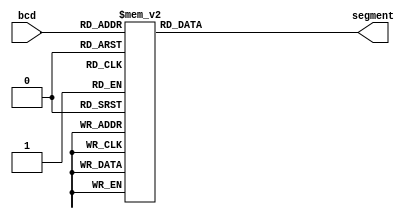
`timescale 1ns / 1ps
//////////////////////////////////////////////////////////////////////////////////
// Company: 
// Engineer: 
// 
// Design Name: 
// Module Name: bcd_decoder
// Project Name: 
// Target Devices: 
// Tool Versions: 
// Description: 
// 
// Dependencies: 
// 
// Revision:
// Revision 0.01 - File Created
// Additional Comments:
// 
//////////////////////////////////////////////////////////////////////////////////


module bcd_decoder(bcd, segment);

    input [3:0] bcd;
    output reg [7:0] segment;

    always @(bcd)
    begin
        case(bcd)
            4'b0000: segment <= 8'b11111100;
            4'b0001: segment <= 8'b01100000;
            4'b0010: segment <= 8'b11011010;
            4'b0011: segment <= 8'b11110010;
            4'b0100: segment <= 8'b01100110;
            4'b0101: segment <= 8'b10110110;
            4'b0110: segment <= 8'b10111110;
            4'b0111: segment <= 8'b11100000;
            4'b1000: segment <= 8'b11111110;
            4'b1001: segment <= 8'b11110110;
            default: segment <= 8'b11111100;
        endcase
    end

endmodule